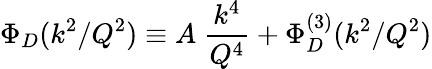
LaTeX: \Phi_{D}(k^{2}/Q^{2})\equiv A\ {\frac{k^{4}}{Q^{4}}}+\Phi_{D}^{(3)}(k^{2}/Q^{2})